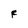
Character: F